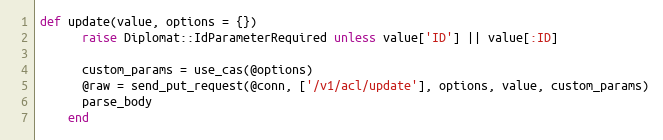
Language: Ruby
def update(value, options = {})
      raise Diplomat::IdParameterRequired unless value['ID'] || value[:ID]

      custom_params = use_cas(@options)
      @raw = send_put_request(@conn, ['/v1/acl/update'], options, value, custom_params)
      parse_body
    end